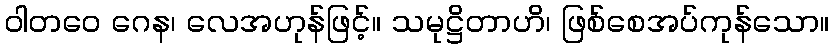
ဝါတဝေ ဂေန၊ လေအဟုန်ဖြင့်။ သမုဋ္ဌိတာဟိ၊ ဖြစ်စေအပ်ကုန်သော။